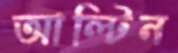
আল্টিন